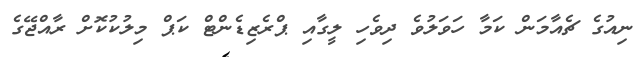
ނިއުގެ ޗެއާމަން ކަމާ ހަވަލުވެ ދިވެހި ލީގާއި ޕްރެޒިޑެންޓް ކަޕް މިލުކުކޮށް ރާއްޖޭގެ